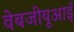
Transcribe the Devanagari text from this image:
वेबजीयूआई